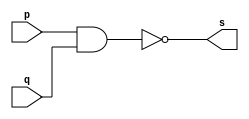
// ------------------------- 
// Exemplo0006 - NAND
// Nome: Michelle da Costa Silva
// ------------------------- 

// ------------------------- 
// -- nand gate
// -------------------------
        
		    module nandgate (output s, input p, q); 
             assign s = ~(p & q);  
          endmodule // nandgate 
			 
// ------------------------- 
// -- test nand gate 
// -------------------------
         
			 module testnandgate; 
			  
// ------------------------- dados locais 
         
			 reg a, b; // definir registrador 
          wire s; // definir conexao (fio) 

// ------------------------- instancia 
   
	       nandgate NAND1 (s, a, b); 
				 
// ------------------------- preparacao 
     
	       initial begin:start 
            a=0; b=0; 
           end 
				  
// ------------------------- parte principal 
         
			  initial begin:main 
                $display("Exemplo 0006 - Michelle da Costa Silva - 427448"); 
                $display("\nTabela-verdade NAND"); 
                $display("\na b s\n"); 
                  a=0; b=0; 
             #1 $display("%b %b %b", a, b, s); 
                  a=0; b=1; 
             #1 $display("%b %b %b", a, b, s); 
                  a=1; b=0; 
             #1 $display("%b %b %b", a, b, s); 
                  a=1; b=1; 
             #1 $display("%b %b %b", a, b, s); 
			   end 
       endmodule // testnandgate